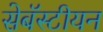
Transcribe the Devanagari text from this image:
सेबॅस्टीयन